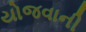
યોજવાની